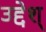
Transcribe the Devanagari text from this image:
उद्देश्